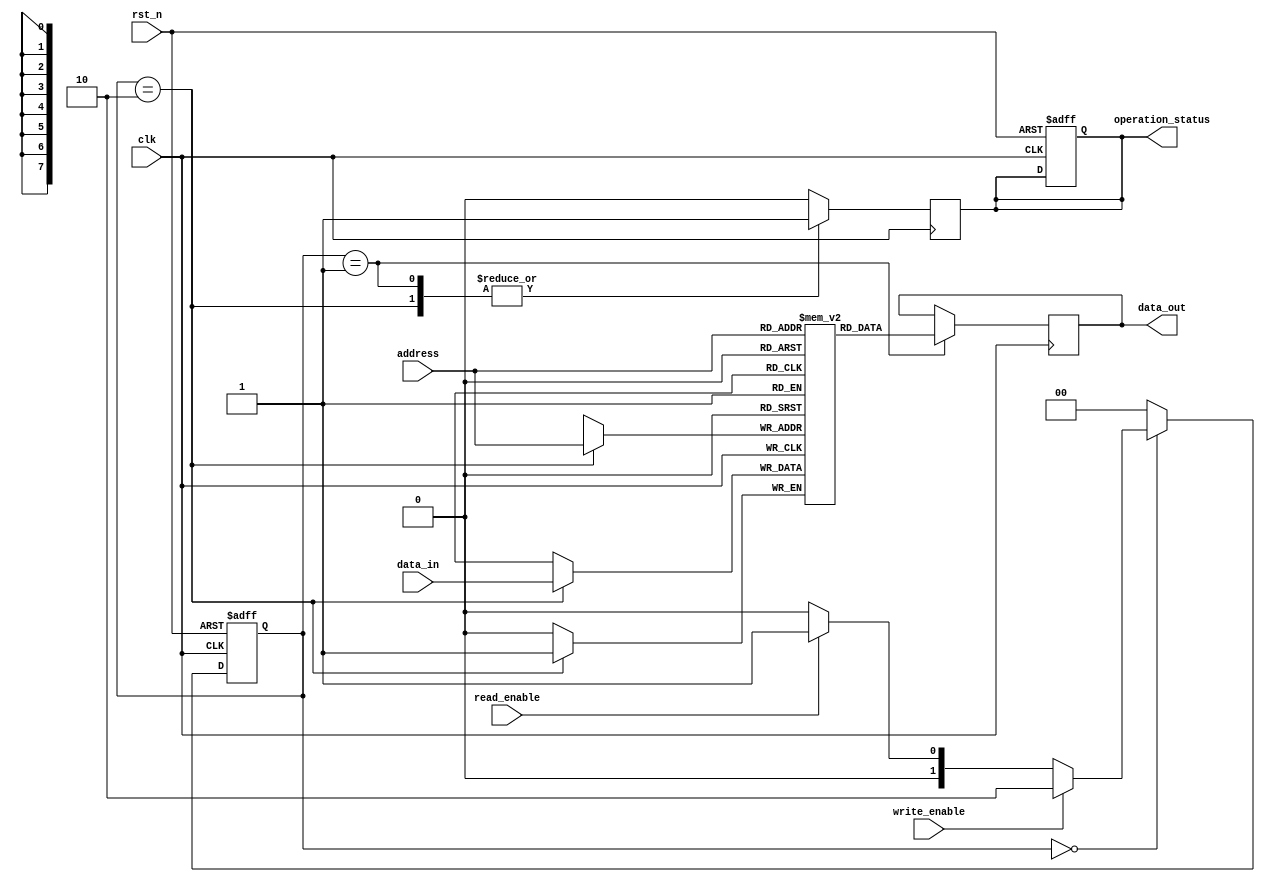
module SLC_EEPROM (
    input wire clk,                // Clock signal
    input wire rst_n,              // Active low reset
    input wire [7:0] address,      // Address for accessing memory
    input wire data_in,            // Input data for writing
    input wire write_enable,        // Write enable signal
    input wire read_enable,         // Read enable signal
    output reg data_out,           // Output data for reading
    output reg operation_status     // Status of last operation
);

// Parameters
parameter MEM_SIZE = 256;         // Memory size (256 bits)
parameter IDLE = 2'b00,            // State definitions
          READ = 2'b01,
          WRITE = 2'b10,
          ERASE = 2'b11;

// Memory Array
reg [0:0] memory_array [MEM_SIZE-1:0]; // 1-bit wide memory array

// State machine variables
reg [1:0] current_state, next_state;
reg [7:0] selected_address;

// Control Logic
always @(posedge clk or negedge rst_n) begin
    if (!rst_n) begin
        current_state <= IDLE;
        operation_status <= 1'b0;
    end else begin
        current_state <= next_state;
    end
end

// State machine to control operations
always @(*) begin
    case (current_state)
        IDLE: begin
            if (write_enable) begin
                next_state = WRITE;
            end else if (read_enable) begin
                next_state = READ;
            end else begin
                next_state = IDLE;
            end
        end
        
        WRITE: begin
            next_state = IDLE; // Move to IDLE after writing
        end
        
        READ: begin
            next_state = IDLE; // Move to IDLE after reading
        end
        
        default: begin
            next_state = IDLE; // Default state
        end
    endcase
end

// Memory operations
always @(posedge clk) begin
    case (current_state)
        WRITE: begin
            selected_address = address;
            memory_array[selected_address] <= data_in; // Program the memory cell
            operation_status <= 1'b1; // Indicate operation success
        end
        
        READ: begin
            selected_address = address;
            data_out <= memory_array[selected_address]; // Read the memory cell
            operation_status <= 1'b1; // Indicate operation success
        end
        
        default: begin
            operation_status <= 1'b0; // Reset operation status
        end
    endcase
end

endmodule